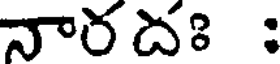
నారదః :